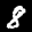
Label: 8